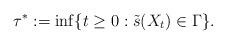
LaTeX: \begin{align*}\tau^*:=\inf\{t\geq 0:\tilde{s}(X_t) \in \Gamma\}.\end{align*}